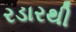
રડારથી